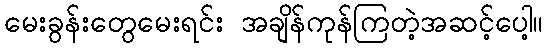
မေးခွန်းတွေမေးရင်း အချိန်ကုန်ကြတဲ့အဆင့်ပေါ့။